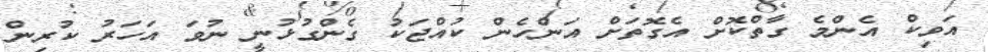
އަވިކް އެންމެ ގާތްކޮށް އެގޮތަށް އަންހެން ކުއްޖަކު ގެންގުޅުނީ ނުވަ އަހަރު ކުރިން